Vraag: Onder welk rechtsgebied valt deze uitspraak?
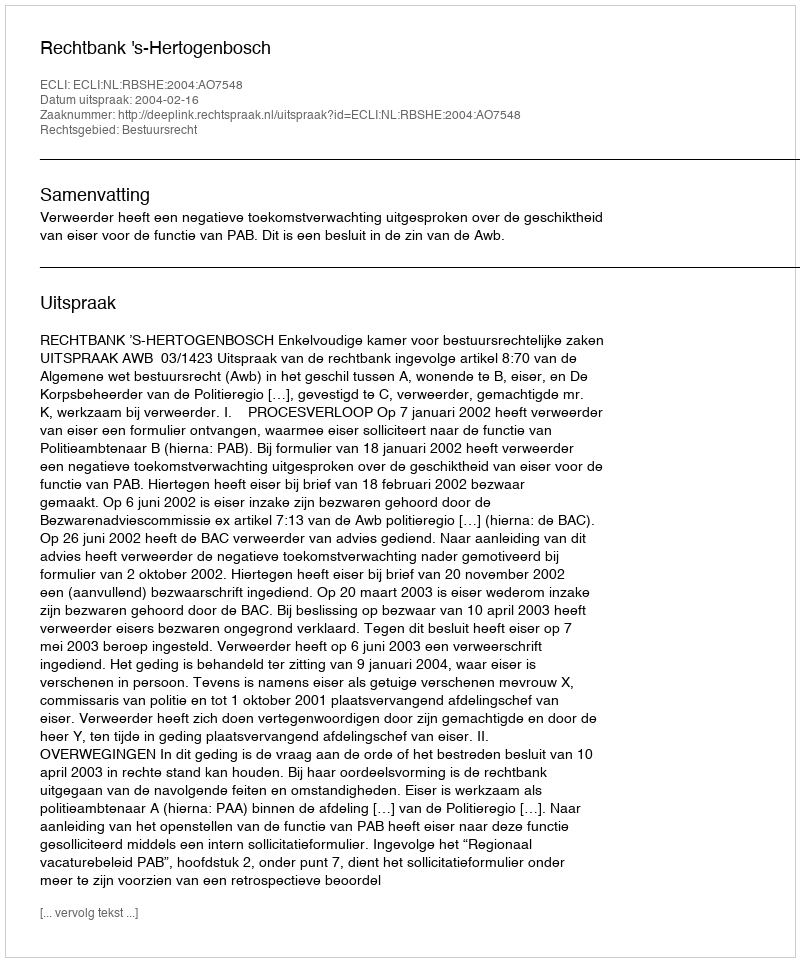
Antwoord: Bestuursrecht